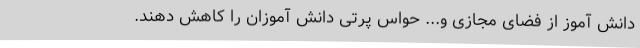
دانش آموز از فضای مجازی و... حواس پرتی دانش آموزان را کاهش دهند.